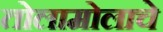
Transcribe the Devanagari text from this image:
तोलामोलाचे